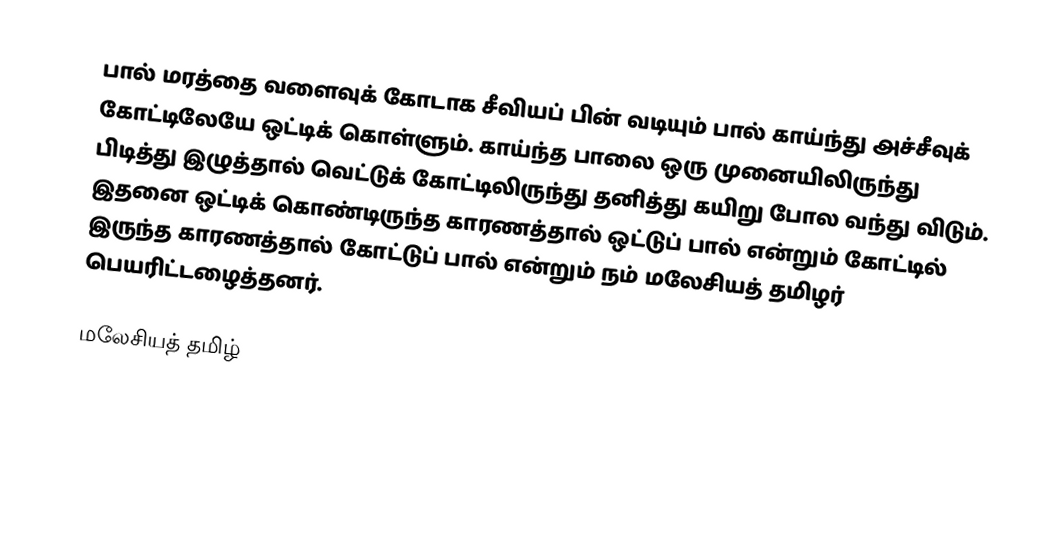
பால் மரத்தை வளைவுக் கோடாக சீவியப் பின் வடியும் பால் காய்ந்து அச்சீவுக் கோட்டிலேயே ஒட்டிக் கொள்ளும். காய்ந்த பாலை ஒரு முனையிலிருந்து பிடித்து இழுத்தால் வெட்டுக் கோட்டிலிருந்து தனித்து கயிறு போல வந்து விடும். இதனை ஒட்டிக் கொண்டிருந்த காரணத்தால் ஒட்டுப் பால் என்றும் கோட்டில் இருந்த காரணத்தால் கோட்டுப் பால் என்றும் நம் மலேசியத் தமிழர் பெயரிட்டழைத்தனர்.

மலேசியத் தமிழ்